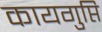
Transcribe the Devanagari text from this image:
कायगुप्ति